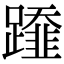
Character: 𨆂